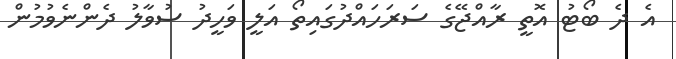
އެ ދެ ބޯޓު އޮތީ ރާއްޖޭގެ ސަރަހައްދުގައިތޯ އަލީ ވަހީދު ސުވާލު ދެންނެވުމުން